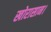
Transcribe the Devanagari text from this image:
खोरासान।